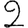
Digit: 2